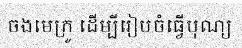
ចងមេក្រូ ដើម្បីរៀបចំធ្វើបុណ្យ